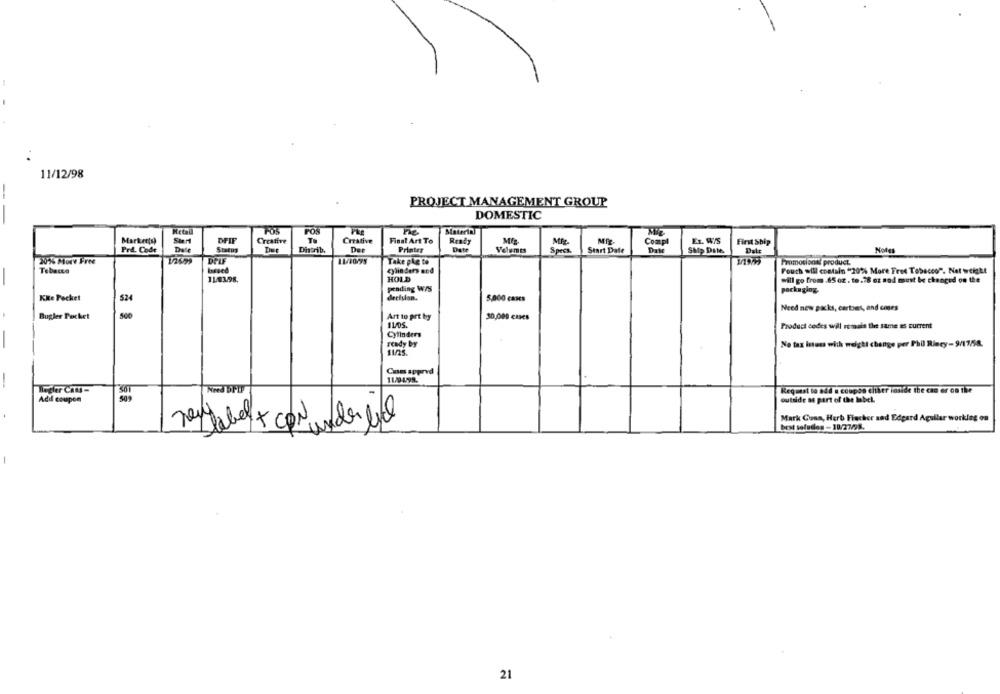
11/12/98
-
PROJECT MANAGEMENT GROUP
-
DOMESTIC
Markerts)
DFIF
Creative
Creative
Final Art To
Ready
Mig
Compl
Ex. WIS
First Ship
Pré. Code
Status
Distrib.
De
Printer
Date
Velumts
Speck
Start Date
SMp Dite
Noter
20% More Free
DELF
Take ple to
Promocional product
Tobacco
based
cylin ders nod
Pouch will contain "20% More Free Tobacco". Net weight
-
11/4398.
HOLD
will go from .65 oz . to.78 oz sod must be changed on the
prading W/S
packaging.
Kke Pocket
524
decision,
5,000 cans
Need new packs, cartoes, and cases
Bugler Pocket
Art to prt by
30,000 cases
IL05.
Product codes will remain the same as current
Cylinders
ready by
No tax iness with weight change per Phil Riecy-9/17/58.
11/25.
Cam sppryd
11/0-498.
Regler CAU-
Request to add a coupon either inside the cac er on the
Add coupon
outside as part of the label.
Mark Cuan, Herb Fischer sad Edgard Agullar working on
best solution -10/27/98.
21